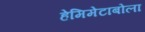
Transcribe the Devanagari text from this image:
हेमिमेटाबोला